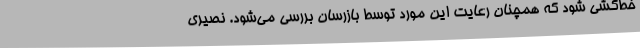
خط‌کشی شود که همچنان رعایت این مورد توسط بازرسان بررسی می‌شود. نصیری